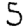
Digit: 5